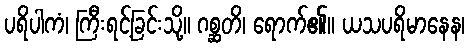
ပရိပါကံ၊ ကြီးရင့်ခြင်းသို့။ ဂစ္ဆတိ၊ ရောက်၏။ ယသပရိမာနေန၊